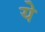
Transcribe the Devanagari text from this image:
येे